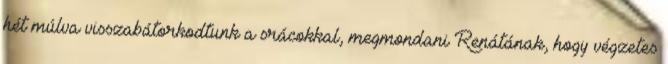
hét múlva visszabátorkodtunk a srácokkal, megmondani Renátának, hogy végzetes